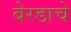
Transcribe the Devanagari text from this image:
बेरडाचे